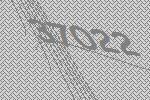
37022